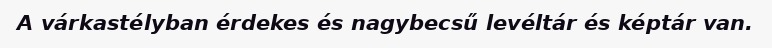
A várkastélyban érdekes és nagybecsű levéltár és képtár van.